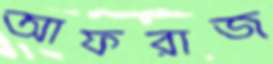
আফরাজ